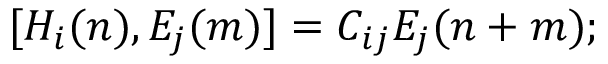
[ H _ { i } ( n ) , E _ { j } ( m ) ] = C _ { i j } E _ { j } ( n + m ) ;